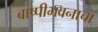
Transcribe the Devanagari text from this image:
बाष्पीभवनाचा